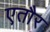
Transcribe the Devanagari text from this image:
एतौर